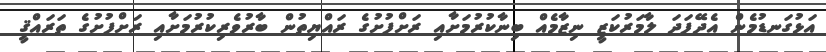
އަޅުގަނޑުމެން އެދޭފަދަ ލާމަރުކަޒީ ނިޒާމެއް ބިނާކުރުމަށާއި ރަށްފުށުގެ ރައްޔިތުން ބާރުވެރިކުރުމަށާއި ރަށްފުށުގެ ތަރައްޤީ